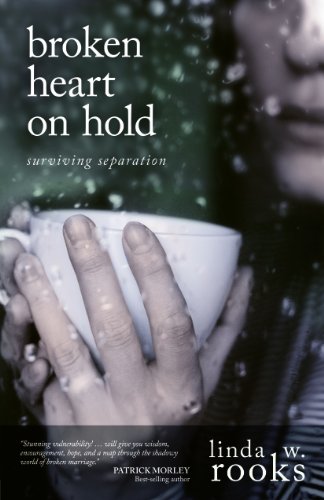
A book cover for Broken Heart on Hold: Surviving Separation; Linda Rooks; Parenting & Relationships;